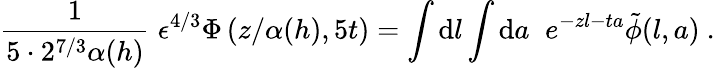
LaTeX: {\frac{1}{5\cdot 2^{7/3}\alpha(h)}}\; {\epsilon^{4/3}\Phi\left({z/\alpha(h)},5t\right)}=\int\mathrm{d}l\int\mathrm{d}a\; \; e^{-zl-ta}\tilde{\phi}(l,a)\ .